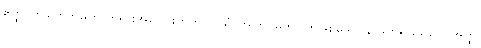
ဧတ္ထ၊ ဤစတုဘူမက တရားအပေါင်းတို့တွင်။ ယံ၊ အကြင်မဟဂ္ဂုတ်ဖြစ်သော နာမ်တရားသည်။ အတ္ထိ၊